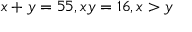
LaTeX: x + y = 5 5 , x y = 1 6 , x > y